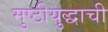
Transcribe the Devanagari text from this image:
मुष्टीयुद्धाची